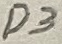
Text: D3